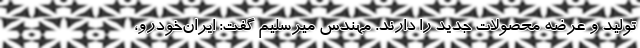
تولید و عرضه محصولات جدید را دارند. مهندس میرسلیم گفت: ایران‌خودرو،